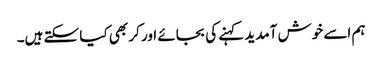
ہم اسے خوش آمدید کہنے کی بجائے اور کر بھی کیا سکتے ہیں۔